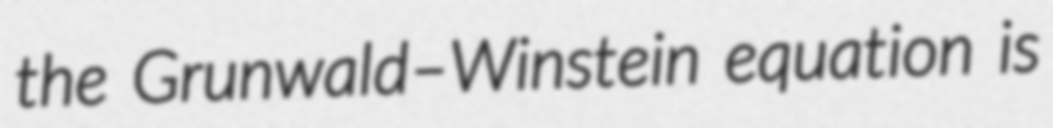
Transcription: the Grunwald–Winstein equation is